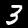
Digit: 3